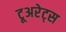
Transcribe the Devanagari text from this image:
टूअरेट्स